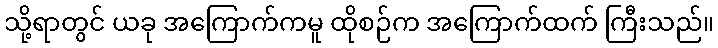
သို့ရာတွင် ယခု အကြောက်ကမူ ထိုစဉ်က အကြောက်ထက် ကြီးသည်။